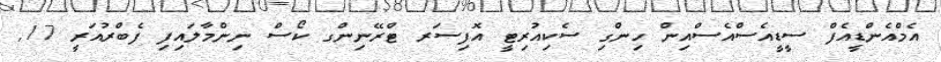
އެމްއެންޑީއެފް ސީޑީއެސްއެސްއިން ހިންގި ސެކިއުރިޓީ އޮފިސަރ ޓްރޭނިންގ ކޯސް ނިންމާލައިފި ފެބްރުއަރީ 17